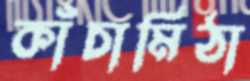
কাঁচামিঠা